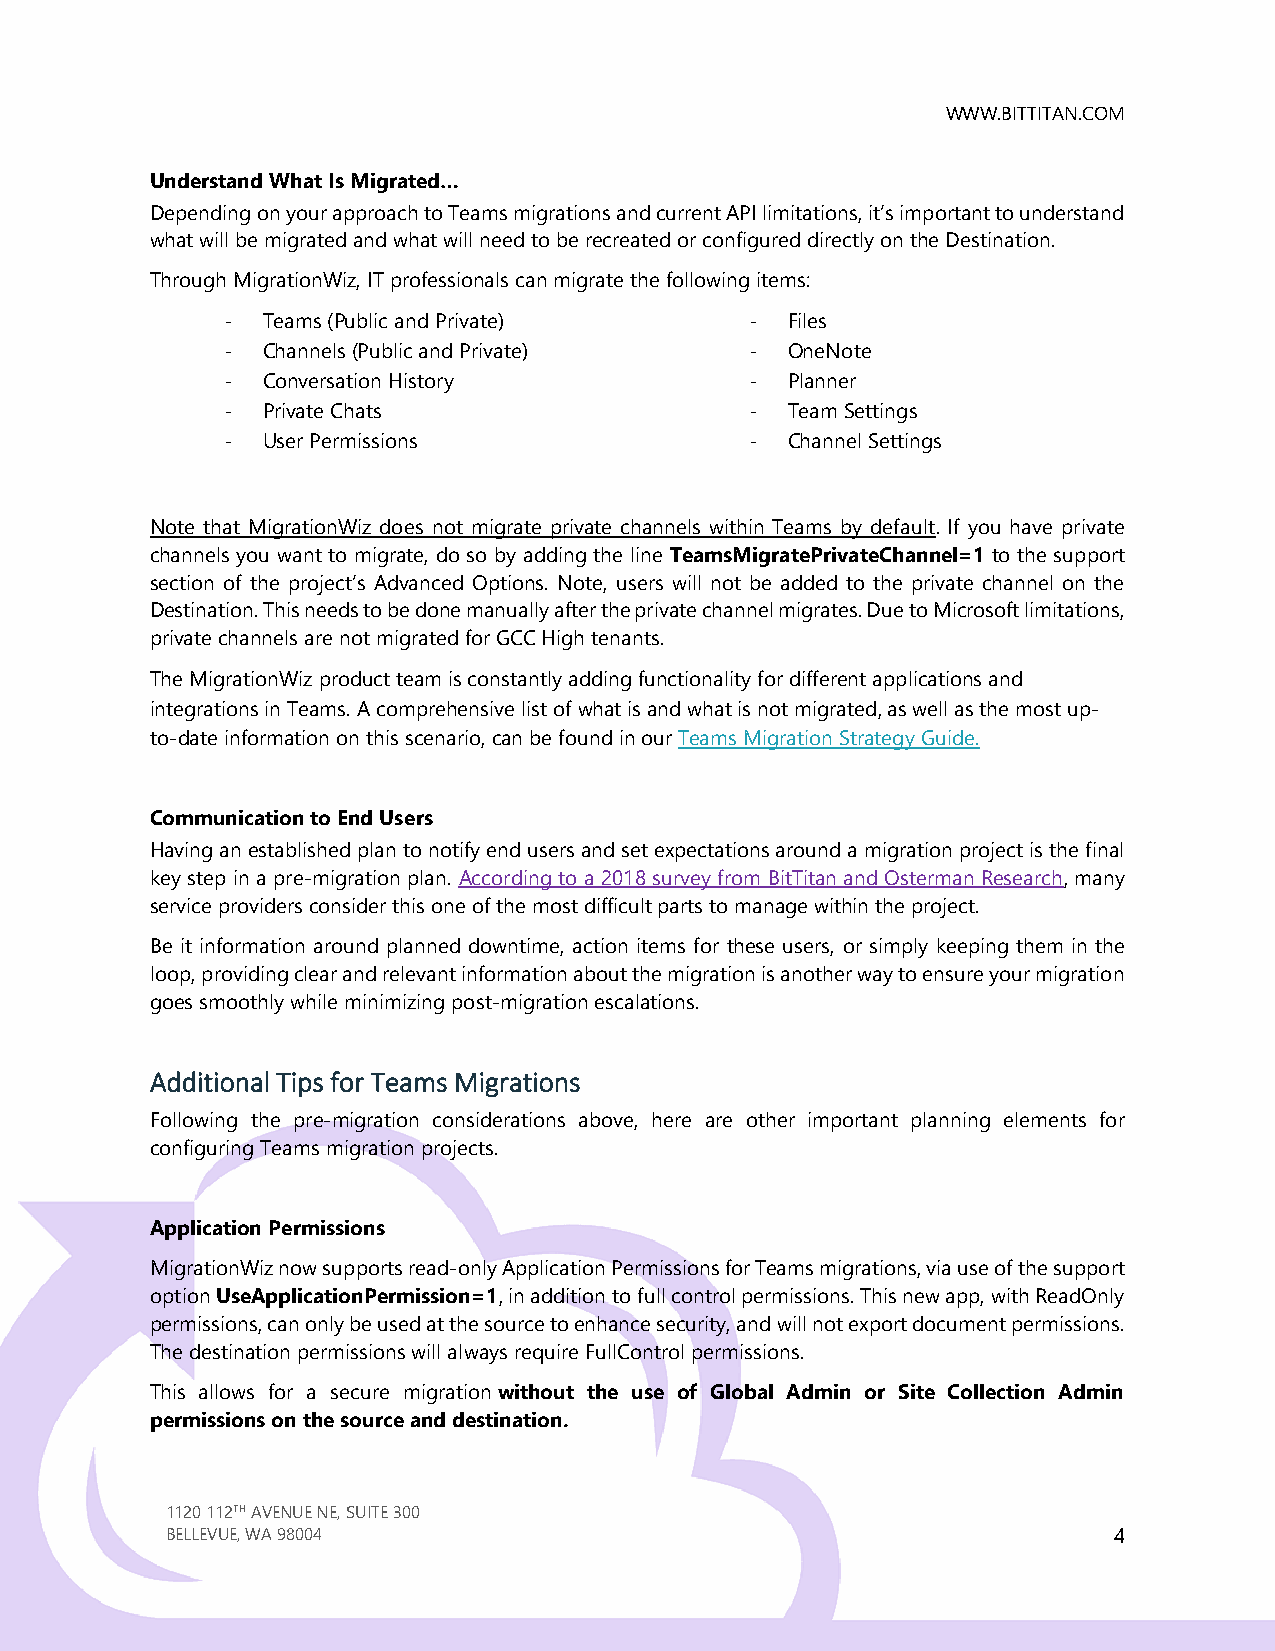
WWW.BITTITAN.COM
 Understand What Is Migrated…
 Depending on your approach to Teams migrations and current API limitations, it’s important to understand
 what will be migrated and what will need to be recreated or configured directly on the Destination.
 Through MigrationWiz, IT professionals can migrate the following items:
 - Teams (Public and Private)       - Files
 - Channels (Public and Private)    - OneNote
 - Conversation History             - Planner
 - Private Chats                    - Team Settings
 - User Permissions                 - Channel Settings
 Note that MigrationWiz does not migrate private channels within Teams by default. If you have private
 channels you want to migrate, do so by adding the line TeamsMigratePrivateChannel=1 to the support
 section of the project’s Advanced Options. Note, users will not be added to the private channel on the
 Destination. This needs to be done manually after the private channel migrates. Due to Microsoft limitations,
 private channels are not migrated for GCC High tenants.
 The MigrationWiz product team is constantly adding functionality for different applications and
 integrations in Teams. A comprehensive list of what is and what is not migrated, as well as the most up-
 to-date information on this scenario, can be found in our Teams Migration Strategy Guide.
 Communication to End Users
 Having an established plan to notify end users and set expectations around a migration project is the final
 key step in a pre-migration plan. According to a 2018 survey from BitTitan and Osterman Research, many
 service providers consider this one of the most difficult parts to manage within the project.
 Be it information around planned downtime, action items for these users, or simply keeping them in the
 loop, providing clear and relevant information about the migration is another way to ensure your migration
 goes smoothly while minimizing post-migration escalations.
 Additional Tips for Teams Migrations
 Following the pre-migration considerations above, here are other important planning elements for
 configuring Teams migration projects.
 Application Permissions
 MigrationWiz now supports read-only Application Permissions for Teams migrations, via use of the support
 option UseApplicationPermission=1, in addition to full control permissions. This new app, with ReadOnly
 permissions, can only be used at the source to enhance security, and will not export document permissions.
 The destination permissions will always require FullControl permissions.
 This allows for a secure migration without the use of Global Admin or Site Collection Admin
 permissions on the source and destination.
 1120 112TH AVENUE NE, SUITE 300
 BELLEVUE, WA 98004                                             4